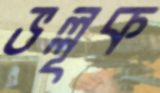
ভল্লূক